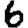
Digit: 6